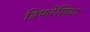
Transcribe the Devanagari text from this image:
डिफरेंशिया